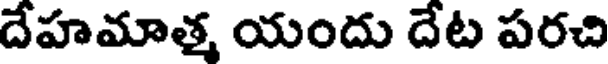
దేహమాత్మ యందు దేట పరచి